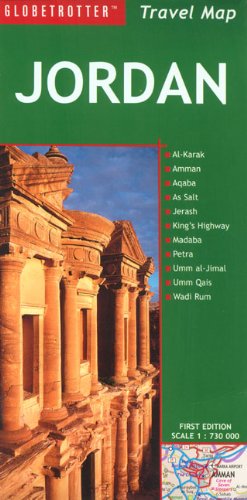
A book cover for Jordan Travel Map (Globetrotter Travel Map); Globetrotter; Travel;